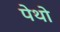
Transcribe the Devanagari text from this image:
पेथो